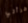
قرأتي